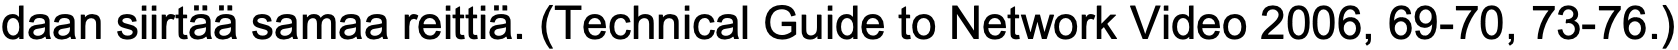
daan siirtää samaa reittiä. (Technical Guide to Network Video 2006, 69-70, 73-76.)